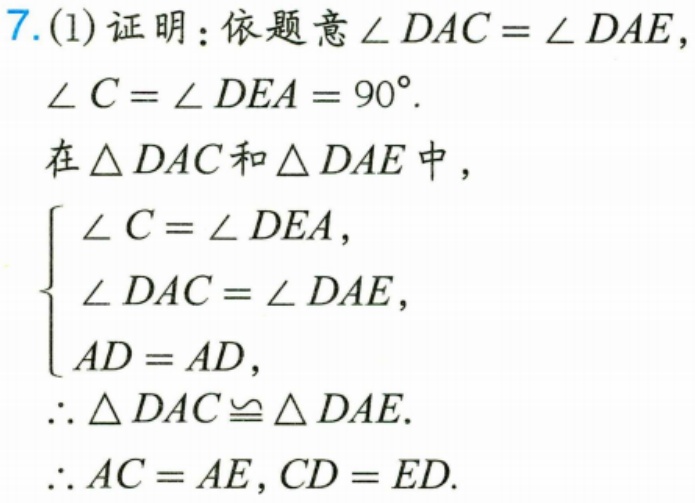
7.(1) 证明：依题意\(\angle DAC=\angle DAE\)，\(\angle C=\angle DEA = 90^{\circ}\).
在\(\triangle DAC\)和\(\triangle DAE\)中，
\(\begin{cases}
\angle C=\angle DEA,\\
\angle DAC=\angle DAE,\\
AD = AD,
\end{cases}\)
\(\therefore \triangle DAC\cong\triangle DAE\).
\(\therefore AC = AE,CD = ED\).